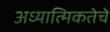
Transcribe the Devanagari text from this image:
अध्यात्मिकतेचे